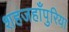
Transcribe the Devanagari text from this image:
शहजहाँपुरिया